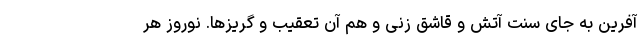
‌آفرین به جای سنت آتش و قاشق زنی و هم آن تعقیب و گریزها. نوروز هر